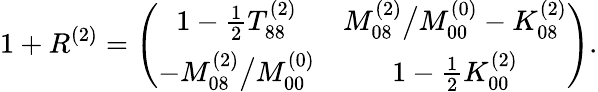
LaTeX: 1+R^{(2)}=\left(\begin{array}{cc}{{1-\frac{1}{2}T_{88}^{(2)}}}&{{M_{08}^{(2)}\big/M_{00}^{(0)}-K_{08}^{(2)}}}\\ {{-M_{08}^{(2)}\big/M_{00}^{(0)}}}&{{1-\frac{1}{2}K_{00}^{(2)}}}\end{array}\right).